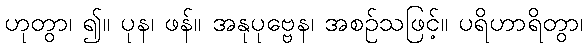
ဟုတွာ၊ ၍။ ပုန၊ ဖန်။ အနုပုဗ္ဗေန၊ အစဉ်သဖြင့်။ ပရိဟာရိတွာ၊